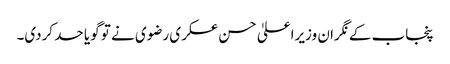
پنجاب کے نگران وزیراعلیٰ حسن عسکری رضوی نے تو گویا حد کردی۔